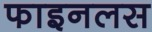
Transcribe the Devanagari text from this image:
फाइनलस